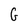
Character: G